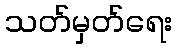
သတ်မှတ်ရေး